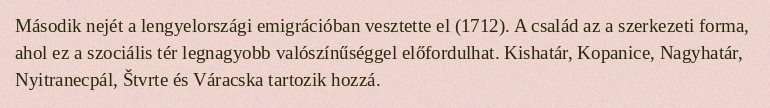
Második nejét a lengyelországi emigrációban vesztette el (1712). A család az a szerkezeti forma, ahol ez a szociális tér legnagyobb valószínűséggel előfordulhat. Kishatár, Kopanice, Nagyhatár, Nyitranecpál, Štvrte és Váracska tartozik hozzá.